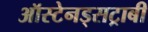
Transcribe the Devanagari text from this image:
ऑस्टेनड्सट्राबी